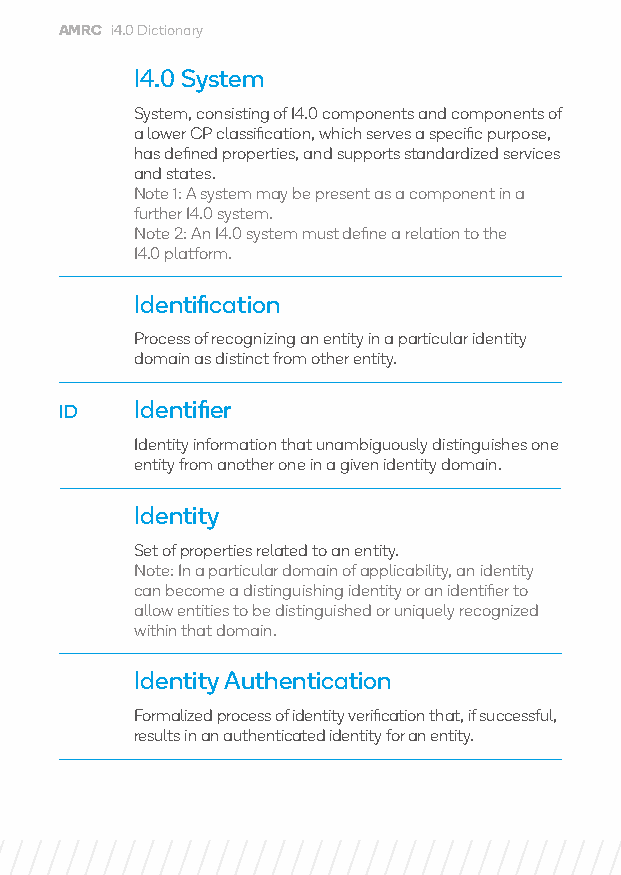
AMRC i4.0 Dictionary
 I4.0 System
 System, consisting of I4.0 components and components of
 a lower CP classification, which serves a specific purpose,
 has defined properties, and supports standardized services
 and states.
 Note 1: A system may be present as a component in a
 further I4.0 system.
 Note 2: An I4.0 system must define a relation to the
 I4.0 platform.
 Identification
 Process of recognizing an entity in a particular identity
 domain as distinct from other entity.
 ID   Identifier
 Identity information that unambiguously distinguishes one
 entity from another one in a given identity domain.
 Identity
 Set of properties related to an entity.
 Note: In a particular domain of applicability, an identity
 can become a distinguishing identity or an identifier to
 allow entities to be distinguished or uniquely recognized
 within that domain.
 Identity Authentication
 Formalized process of identity verification that, if successful,
 results in an authenticated identity for an entity.